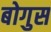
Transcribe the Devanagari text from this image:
बोगुस